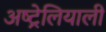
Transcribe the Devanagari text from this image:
अष्ट्रेलियाली